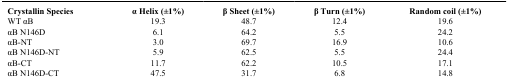
| Crystallin Species | α Helix (±1%) | β Sheet (±1%) | β Turn (±1%) | Random coil (±1%) |
 | --- | --- | --- | --- | --- |
 | WT αB | 19.3 | 48.7 | 12.4 | 19.6 |
 | αB N146D | 6.1 | 64.2 | 5.5 | 24.2 |
 | αB-NT | 3.0 | 69.7 | 16.9 | 10.6 |
 | αB N146D-NT | 5.9 | 62.5 | 5.5 | 24.4 |
 | αB-CT | 11.7 | 62.2 | 10.5 | 17.1 |
 | αB N146D-CT | 47.5 | 31.7 | 6.8 | 14.8 |